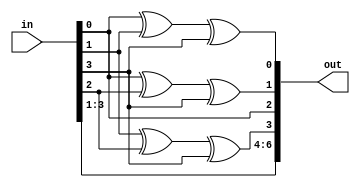
module hm_enc( input wire [3:0] in, output wire[6:0] out);
   assign out[0] = in[0] ^ in[1] ^ in[3];
   assign out[1] = in[0] ^ in[2] ^ in[3];
   assign out[2] = in[0];
   assign out[3] = in[1] ^ in[2] ^ in[3];
   assign out[4] = in[1];
   assign out[5] = in[2];
   assign out[6] = in[3];
endmodule